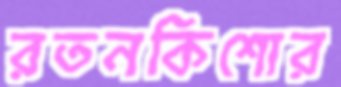
রতনকিশোর